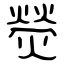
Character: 熒